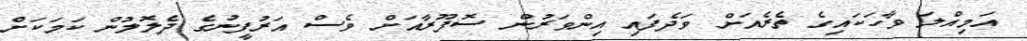
އަމިއްލަ ވާހަކައިގެ ތެރެއަށް ވަދެފައި އިންވަރުން ސޮފޫރާއަށް ވެސް އަރުފީނުގެ ދެލޮލުން ކަމަކަށް